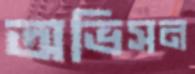
অভিসন